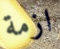
ازمة